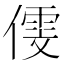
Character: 𠎋